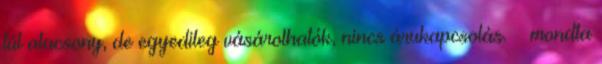
túl alacsony, de egyedileg vásárolhatók, nincs árukapcsolás. – mondta